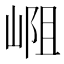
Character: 𪩁